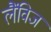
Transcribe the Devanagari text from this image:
लैंविज